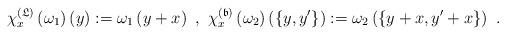
LaTeX: \begin{align*}\chi _{x}^{(\mathfrak{L})}\left( \omega _{1}\right) \left( y\right) :=\omega_{1}\left( y+x\right) \ ,\ \chi _{x}^{(\mathfrak{b})}\left( \omega_{2}\right) \left( \{y,y^{\prime }\}\right) :=\omega _{2}\left(\{y+x,y^{\prime }+x\}\right) \ . \end{align*}